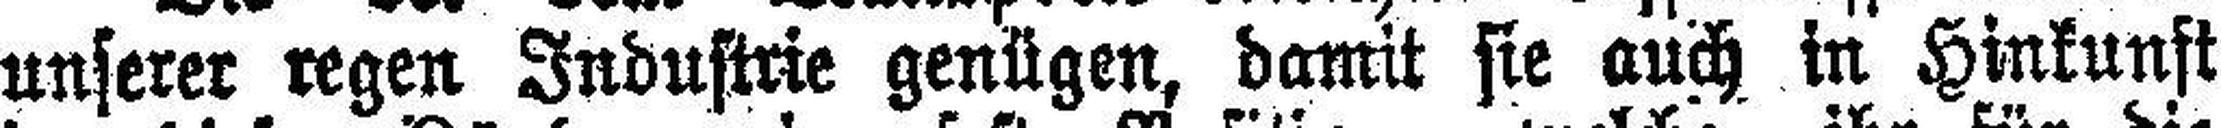
unserer regen Industrie genügen, damit sie auch in Hinkunft